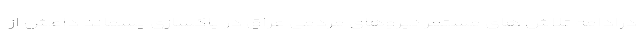
درادامه تلاش های مستمر نیروهای مردمی عراق در پاکسازی پسماند داعش از